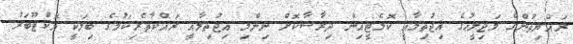
ރައްޔިތުންގެ މަޖިލީހުގެ އިޖުތިމާއީ ކޮމެޓީއިން ދިރާސާކޮށް ނިންމި އިޖުތިމާއީ ރައްކާތެރިކަމުގެ ބިލަކީ އޮކްޓޫބަރު